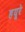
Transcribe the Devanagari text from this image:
हयूरे